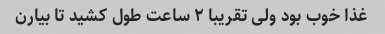
غذا خوب بود ولی تقریبا ۲ ساعت طول کشید تا بیارن